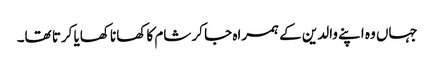
جہاں وہ اپنے والدین کے ہمراہ جا کر شام کا کھانا کھایا کرتا تھا۔